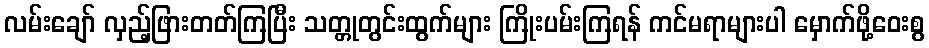
လမ်းချော် လှည့်ဖြားတတ်ကြပြီး သတ္တုတွင်းထွက်များ ကြိုးပမ်းကြရန် ကင်မရာများပါ မှောက်ဖို့ဝေးစွ